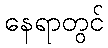
နေရာတွင်